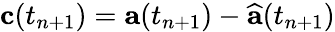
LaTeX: \mathbf{c}(t_{n+1})=\mathbf{a}(t_{n+1})-\widehat{\mathbf{a}}(t_{n+1})